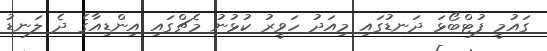
ގައުމީ ފުޓްބޯޅަ ދަނޑުގައި މިއަދު ހަވީރު ކުޅުނު މެޗްގައި އިންޑިއާގެ ދެ ލަނޑު